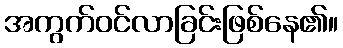
အကွက်ဝင်လာခြင်းဖြစ်နေ၏။